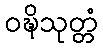
ဝဍ္ဎိသုတ္တံ